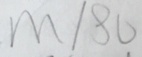
m / 8 0